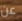
عن